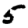
Digit: 5